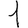
Digit: 1